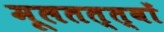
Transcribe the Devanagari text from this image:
मूलतत्त्वों